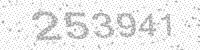
Solution: 253941